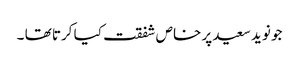
جو نوید سعید پر خاص شفقت کیا کرتا تھا ۔